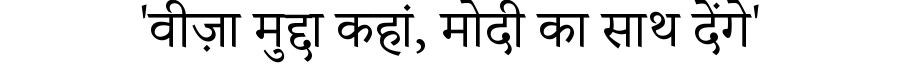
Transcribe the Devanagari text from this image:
'वीज़ा मुद्दा कहां, मोदी का साथ देंगे'